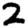
Digit: 2